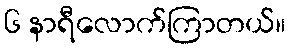
၆ နာရီလောက်ကြာတယ်။